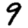
Digit: 9